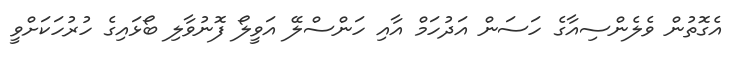
އެގޮތުން ވެލެންސިއާގެ ހަސަން އަދުހަމް އާއި ހަންސްލޭ އަވީލޯ ފޮނުވާލި ބޯޅައިގެ ހުރުހަކަށްވީ